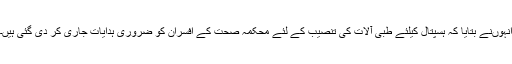
انہوںنے بتایا کہ ہسپتال کیلئے طبی آلات کی تنصیب کے لئے محکمہ صحت کے افسران کو ضروری ہدایات جاری کر دی گئی ہیں۔